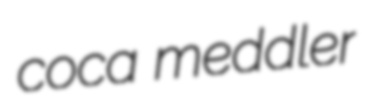
coca meddler